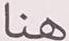
هنا